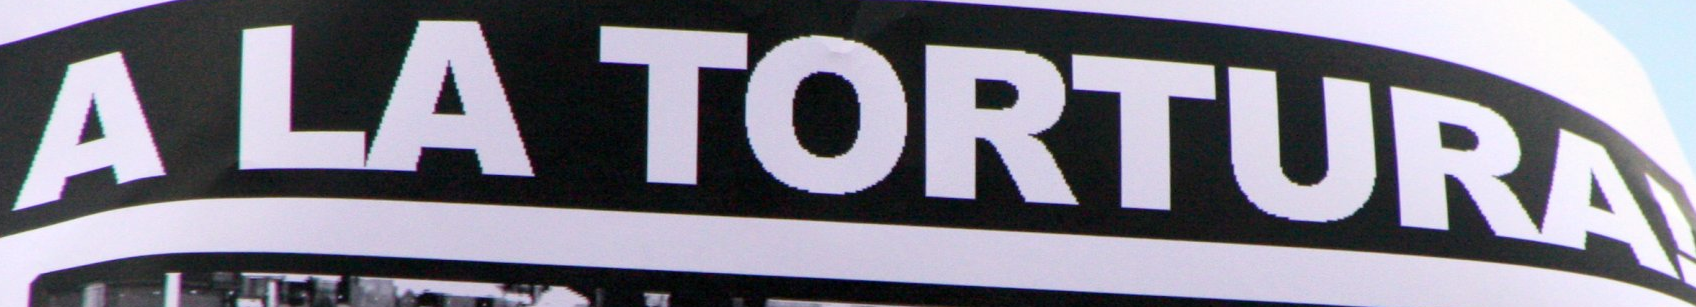
A LA TORTURA!